Annual administration report of the Bombay Presidency - 1887-1892
Year: 1887
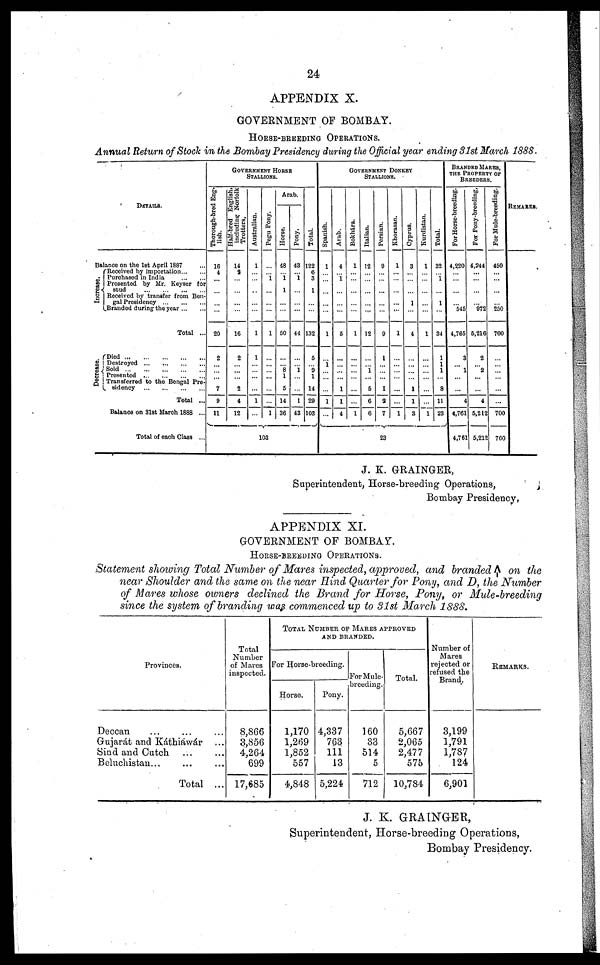
24
APPENDIX X.
GOVERNMENT OF BOMBAY.
HORSE-BREEDING OPERATIONS.
Annual Return of Stock in the Bombay Presidency during the Official year ending 31st March 1888.
DETAILS.
Balance on the 1st April 1887 ...
I ncr eas e.
Received by importation ... ...
Purchased in India
...
...
Presented by Mr. Keyser for
stud
...
..
.
...
...
Received by transfer from Ben-
gal Presidency ... ... ...
Branded during the year ... ...
Total ...
Decrease.
Died
...
...
...
...
Destroyed ... ... ... ...
Sold
...
...
...
...
...
Presented
...
...
...
...
Transferred to the Bengal Pre-
sidency
...
...
...
...
Total ...
Balance on 31st March 1888 ...
Total of each Class ...
GOVERNMENT HORSE
STALLIONS.
Thorough-bred Eng-
lish.
16
4
...
...
...
...
20
2
...
...
...
7
9
11
Half-bred English,
including Norfolk
Trotters,
14
9
...
...
...
...
16
2
...
...
...
2
4
12
Australian.
1
...
...
...
...
...
1
1
...
...
...
...
1
...
Pegu Pony.
...
... 1
...
...
...
1
...
...
...
...
...
...
1
Arab.
Horse.
48
... 1
1
...
...
50
...
... 8
1
5
14
36
Pony.
43
... 1
...
...
...
44
...
... 1
...
...
1
43
Total.
122
6
3
1
...
...
132
5
... 9
1
14
29
103
103
GOVERNMENT DONKEY
STALLIONS.
Spanish.
1
...
...
...
...
...
1
...
1
...
...
...
1
...
Arab.
4
... 1
...
...
...
5
...
...
...
...
1
1
4
Bokhára.
1
...
...
...
...
...
1
...
...
...
...
...
...
1
Italian.
12
...
...
...
...
...
12
...
... 1
...
5
6
6
Persian.
9
...
...
...
...
...
9
1
...
...
...
I
2
7
Khorasan.
1
...
...
...
...
...
1
...
...
...
...
...
...
1
Cyprus.
3
...
...
...
1
...
4
...
...
...
...
1
1
3
Kurdistan.
1
...
...
...
...
1
...
...
...
...
...
...
1
Total.
32
... 1
...
1
...
34
1
1
1
...
8
11
23
23
BRANDED MARES,
THE PROPERTY OF
BREEDERS.
For Horse-breeding.
4,220
...
...
...
...
545
4,765
3
... 1
...
...
4
4,761
4,761
For Pony-breeding,
4,244
...
...
...
...
972
5,216
2
... 2
...
...
4
5,212
5,212
For Mule-breeding.
450
...
...
...
...
250
700
...
...
...
...
...
...
700
700
REMARKS.
J. K. GRAINGER,
Superintendent, Horse-breeding Operations,
Bombay Presidency.
APPENDIX XI.
GOVERNMENT OF BOMBAY.
HORSE-BREEDING OPERATIONS.
Statement showing Total Number of Mares inspected, approved, and branded ↑ on the
near Shoulder and the same on the near Hind Quarter for Pony, and D, the Number
of Mares whose owners declined the Brand for Horse, Pony, or Mule-breeding
since the system of branding was commenced up to 31st March 1888.
Provinces.
Deccan ... ... ...
Gujarát and Káthiáwár ...
Sind and Cutch ... ...
Beluchistan... ... ...
Total ...
Total Number
of Mares
inspected.
8,866
3,856
4,264
699
17,685
TOTAL NUMBER OF MARES APPROVED
AND BRANDED.
For Horse-breeding.
Horse.
1,170
1,269
1,852
557
4,848
Pony.
4,337
763
111
13
5,224
For Mule-
breeding.
160
33
514
5
712
Total.
5,667
2,065
2,477
575
10,784
Number of
Mares
rejected or
refused the
Brand.
3,199
1,791
1,787
124
6,901
REMARKS.
J. K. GRAINGER ,
Superintendent, Horse-breeding Operations,
Bombay Presidency.